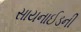
સાયનાઈડની